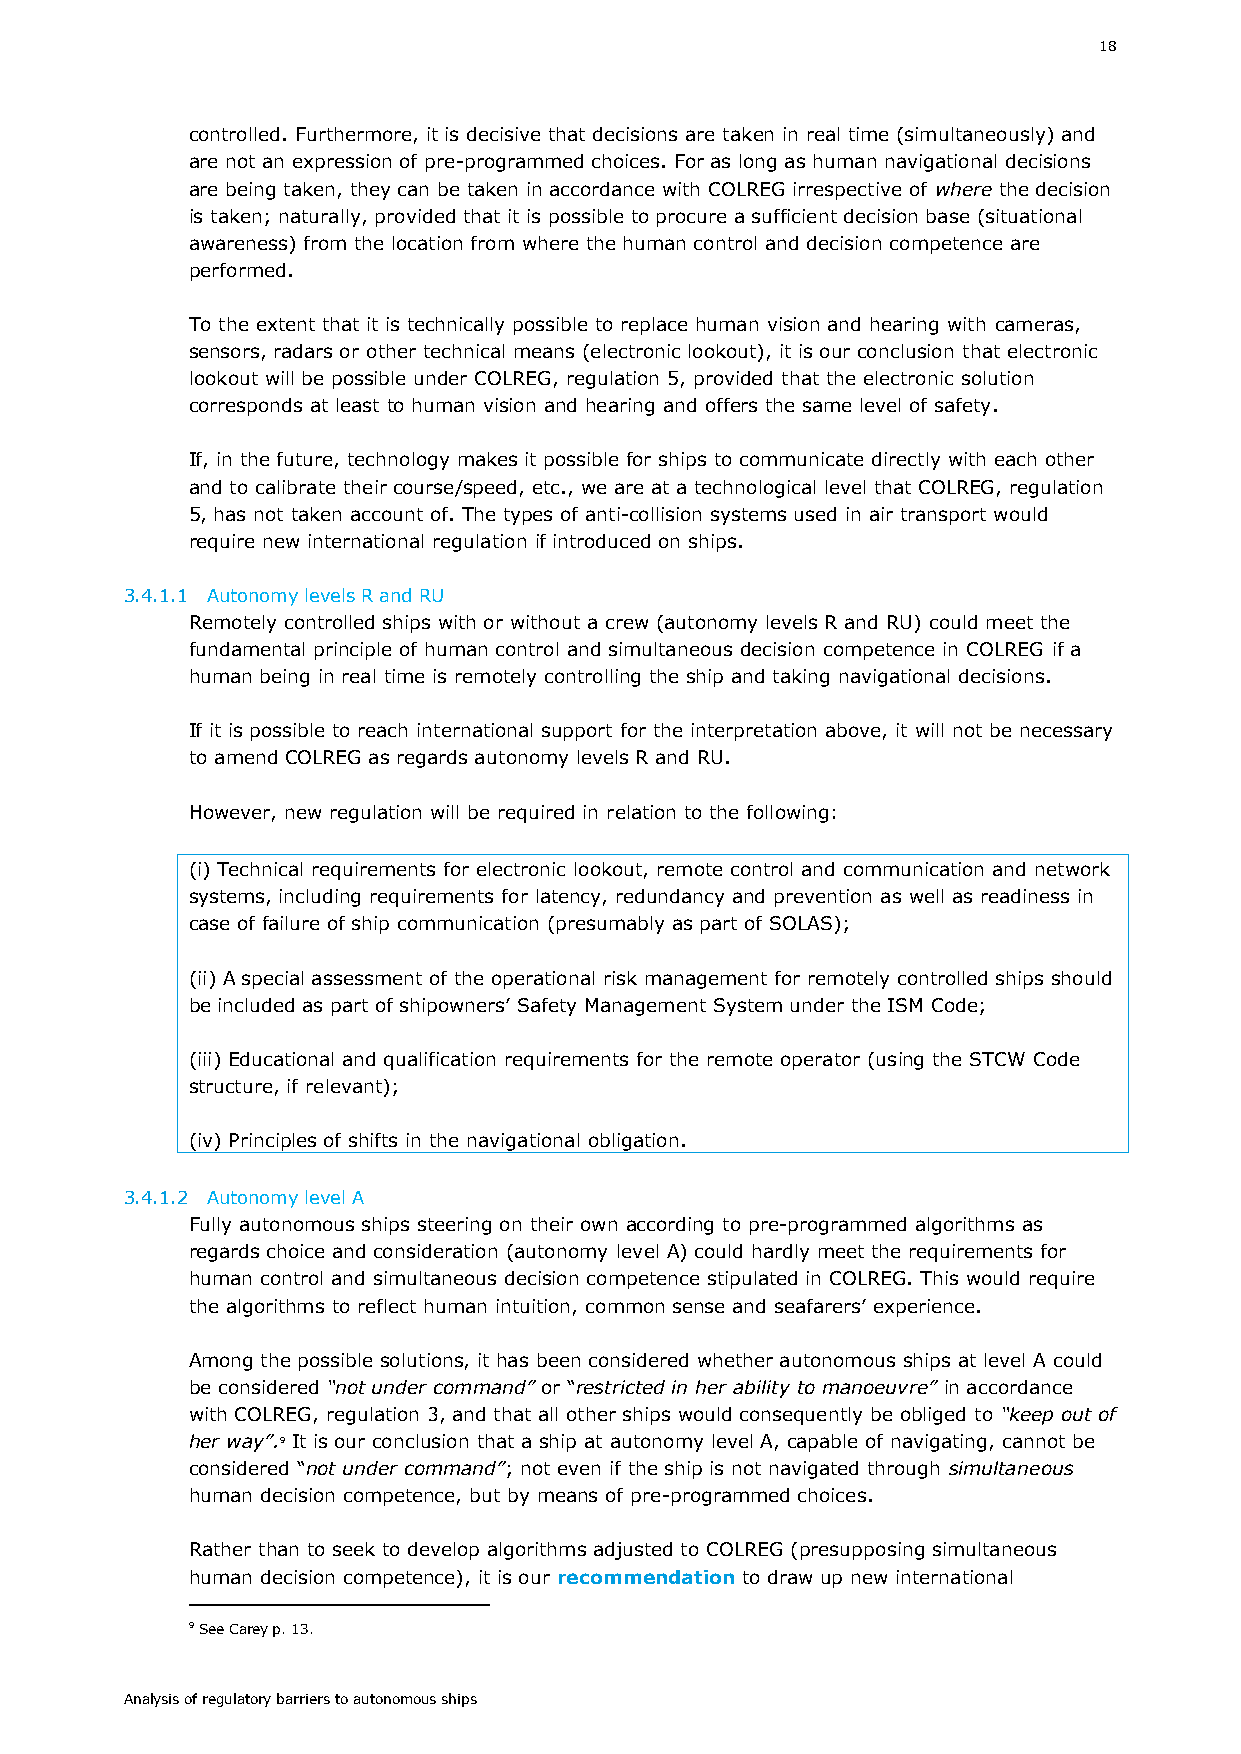
18
 controlled. Furthermore, it is decisive that decisions are taken in real time (simultaneously) and
 are not an expression of pre-programmed choices. For as long as human navigational decisions
 are being taken, they can be taken in accordance with COLREG irrespective of where the decision
 is taken; naturally, provided that it is possible to procure a sufficient decision base (situational
 awareness) from the location from where the human control and decision competence are
 performed.
 To the extent that it is technically possible to replace human vision and hearing with cameras,
 sensors, radars or other technical means (electronic lookout), it is our conclusion that electronic
 lookout will be possible under COLREG, regulation 5, provided that the electronic solution
 corresponds at least to human vision and hearing and offers the same level of safety.
 If, in the future, technology makes it possible for ships to communicate directly with each other
 and to calibrate their course/speed, etc., we are at a technological level that COLREG, regulation
 5, has not taken account of. The types of anti-collision systems used in air transport would
 require new international regulation if introduced on ships.
 3.4.1.1 Autonomy levels R and RU
 Remotely controlled ships with or without a crew (autonomy levels R and RU) could meet the
 fundamental principle of human control and simultaneous decision competence in COLREG if a
 human being in real time is remotely controlling the ship and taking navigational decisions.
 If it is possible to reach international support for the interpretation above, it will not be necessary
 to amend COLREG as regards autonomy levels R and RU.
 However, new regulation will be required in relation to the following:
 (i) Technical requirements for electronic lookout, remote control and communication and network
 systems, including requirements for latency, redundancy and prevention as well as readiness in
 case of failure of ship communication (presumably as part of SOLAS);
 (ii) A special assessment of the operational risk management for remotely controlled ships should
 be included as part of shipowners’ Safety Management System under the ISM Code;
 (iii) Educational and qualification requirements for the remote operator (using the STCW Code
 structure, if relevant);
 (iv) Principles of shifts in the navigational obligation.
 3.4.1.2 Autonomy level A
 Fully autonomous ships steering on their own according to pre-programmed algorithms as
 regards choice and consideration (autonomy level A) could hardly meet the requirements for
 human control and simultaneous decision competence stipulated in COLREG. This would require
 the algorithms to reflect human intuition, common sense and seafarers’ experience.
 Among the possible solutions, it has been considered whether autonomous ships at level A could
 be considered “not under command” or “restricted in her ability to manoeuvre” in accordance
 with COLREG, regulation 3, and that all other ships would consequently be obliged to “keep out of
 her way”.9 It is our conclusion that a ship at autonomy level A, capable of navigating, cannot be
 considered “not under command”; not even if the ship is not navigated through simultaneous
 human decision competence, but by means of pre-programmed choices.
 Rather than to seek to develop algorithms adjusted to COLREG (presupposing simultaneous
 human decision competence), it is our recommendation to draw up new international
 9 See Carey p. 13.
 Analysis of regulatory barriers to autonomous ships